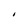
Character: I